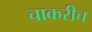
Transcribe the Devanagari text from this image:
चाकरीच